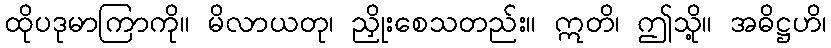
ထိုပဒုမာကြာကို။ မိလာယတု၊ ညှိုးစေသတည်း။ ဣတိ၊ ဤသို့။ အဓိဋ္ဌဟိ၊